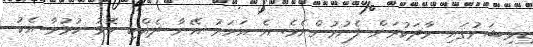
ޑިވިޝަނުގައި ވާދަކުރަން ފެށުމުންނެވެ. އެ އަހަރު އޭނާ ދެއްކި މޮޅު ކުޅުމާ އެކު